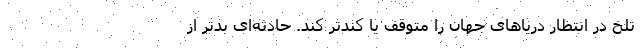
تلخ در انتظار دریاهای جهان را متوقف یا کندتر کند. حادثه‌ای بدتر از